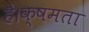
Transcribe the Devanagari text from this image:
है।क्षमता